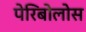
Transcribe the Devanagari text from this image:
पेरिबोलोस